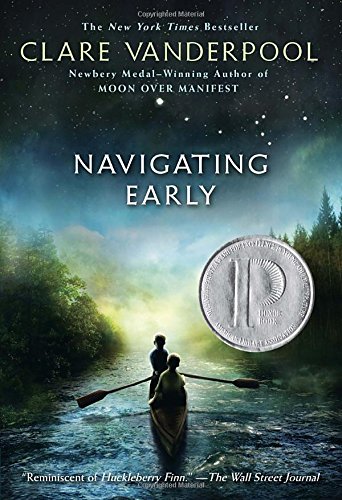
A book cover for Navigating Early; Clare Vanderpool; Children's Books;